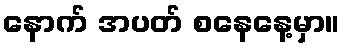
နောက် အပတ် စနေနေ့မှာ။